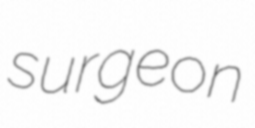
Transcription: surgeon